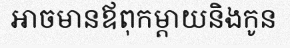
អាចមានឪពុកម្តាយនិងកូន